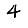
Digit: 4